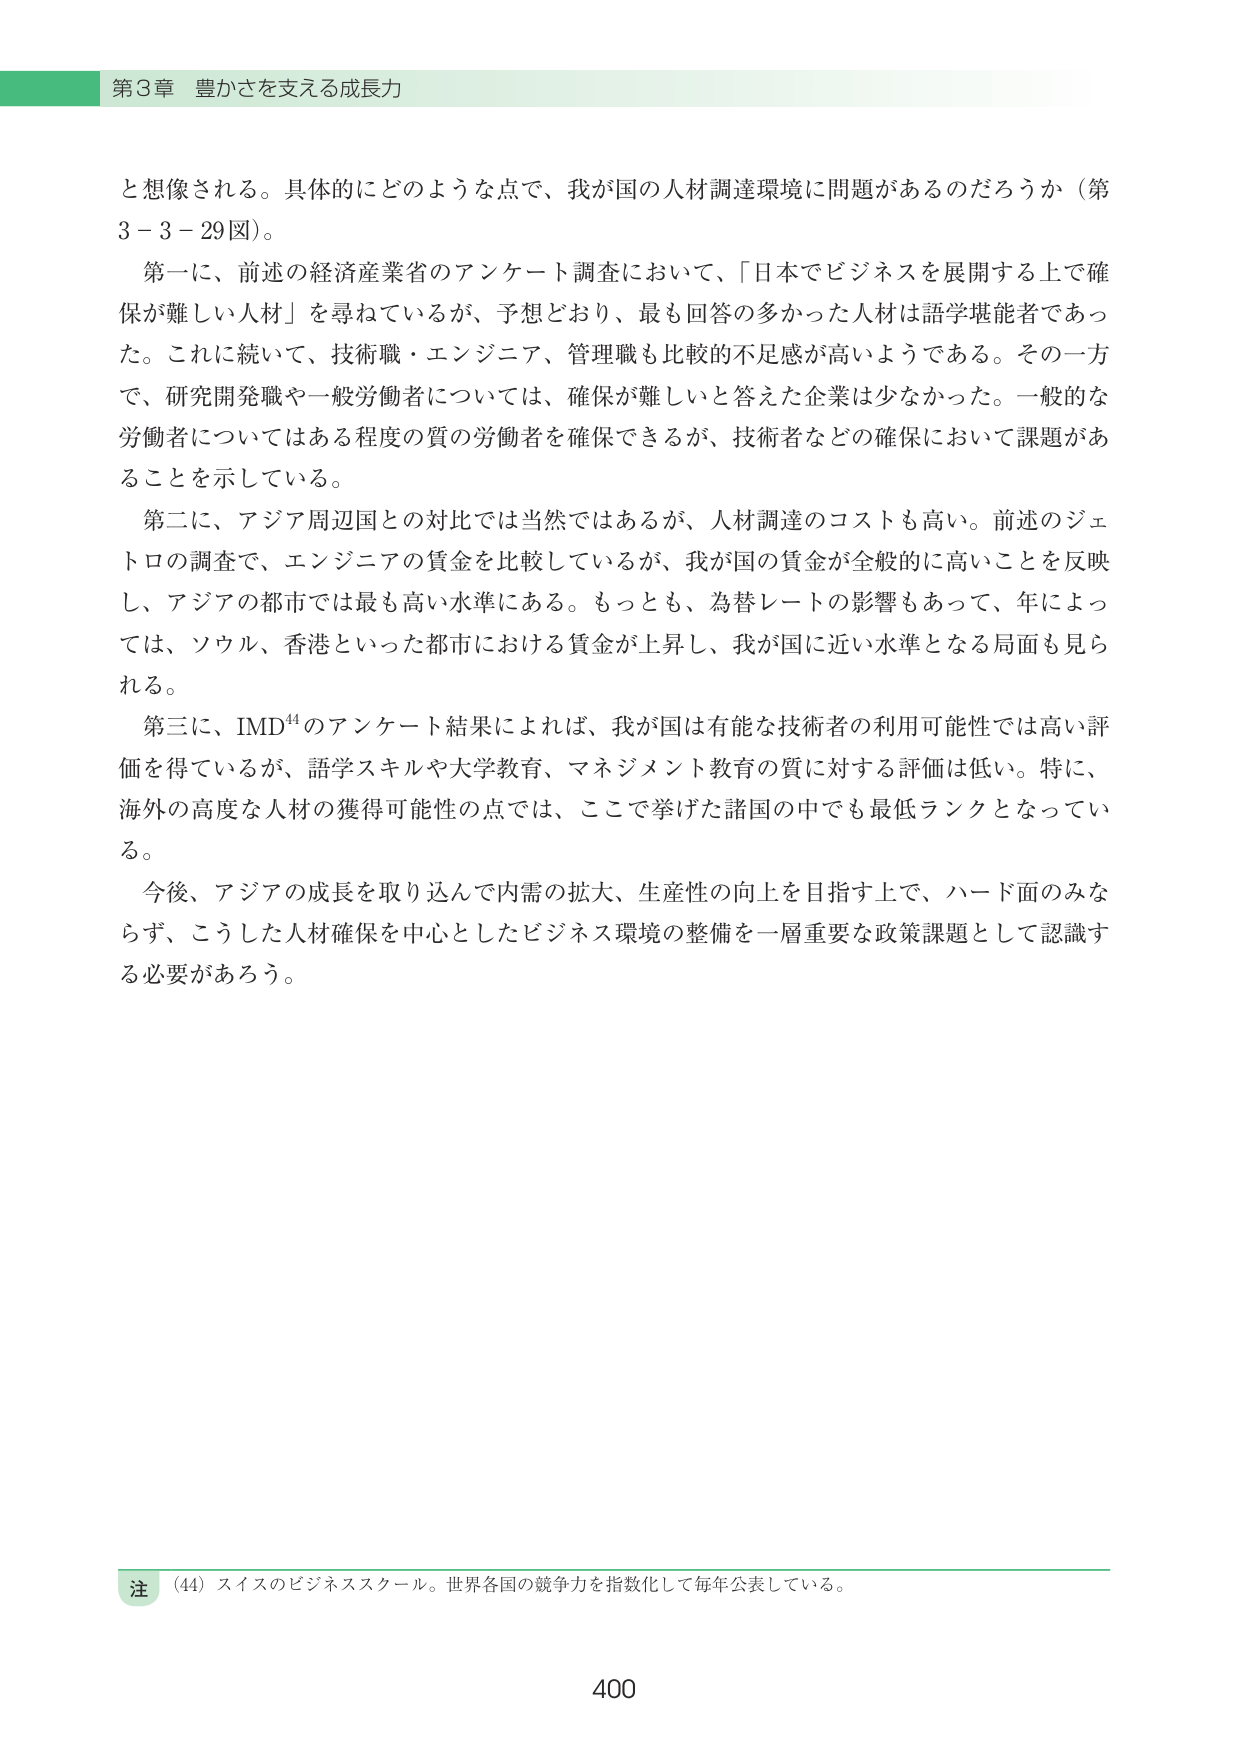
第3章 豊かさを支える成長力

と想像される。具体的にどのような点で、我が国の人材調達環境に問題があるのだろうか（第3－3－29図）。

第一に、前述の経済産業省のアンケート調査において、「日本でビジネスを展開する上で確保が難しい人材」を尋ねているが、予想どおり、最も回答の多かった人材は語学堪能者であった。これに続いて、技術職・エンジニア、管理職も比較的不足感が高いようである。その一方で、研究開発職や一般労働者については、確保が難しいと答えた企業は少なかった。一般的な労働者についてはある程度の質の労働者を確保できるが、技術者などの確保において課題があることを示している。

第二に、アジア周辺国との対比では当然ではあるが、人材調達のコストも高い。前述のジェトロの調査で、エンジニアの賃金を比較しているが、我が国の賃金が全般的に高いことを反映し、アジアの都市では最も高い水準にある。もっとも、為替レートの影響もあって、年によっては、ソウル、香港といった都市における賃金が上昇し、我が国に近い水準となる局面も見られる。

第三に、IMD⁴⁴のアンケート結果によれば、我が国は有能な技術者の利用可能性では高い評価を得ているが、語学スキルや大学教育、マネジメント教育の質に対する評価は低い。特に、海外の高度な人材の獲得可能性の点では、ここで挙げた諸国の中でも最低ランクとなっている。

今後、アジアの成長を取り込んで内需の拡大、生産性の向上を目指す上で、ハード面のみならず、こうした人材確保を中心としたビジネス環境の整備を一層重要な政策課題として認識する必要があろう。

注 （44）スイスのビジネススクール。世界各国の競争力を指数化して毎年公表している。

400